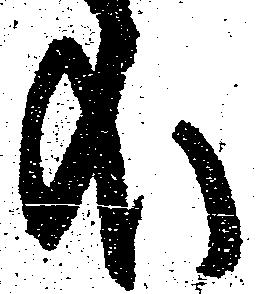
哉